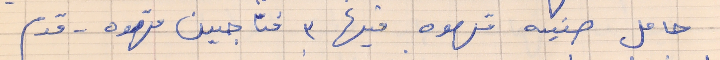
حامل صنيه قهوه فيها ٣ فناجين قهوه . . قدم